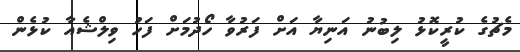
މެޗުގެ ކުރީކޮޅު ލިބުނު އަނިޔާ އަށް ފަރުވާ ހޯދުމަށް ފަހު ވިލްޝެއާ ކުޅެން